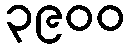
၃၉၀၀